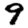
Digit: 9